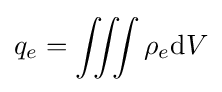
q_{e}=\iiint \rho _{e}\mathrm {d} V